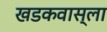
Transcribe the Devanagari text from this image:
खडकवास्ला